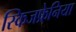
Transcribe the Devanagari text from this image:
स्किजफ्रेनिया